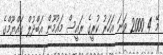
މޭ 4 2000 ވަނަ އަހަރު ކުރީގެ ރައީސް މައުމޫން އަބްދުލް ގައްޔޫމްގެ